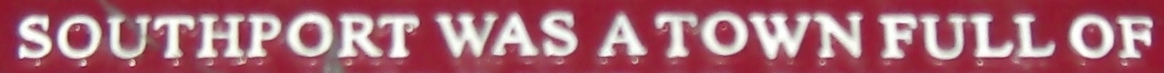
SOUTHPORT WAS A TOWN FULL OF